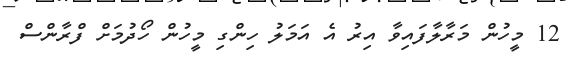
12 މީހުން މަރާލާފައިވާ އިރު އެ އަމަލު ހިންގި މީހުން ހޯދުމަށް ފްރާންސް